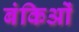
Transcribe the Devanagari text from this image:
बंकिओं